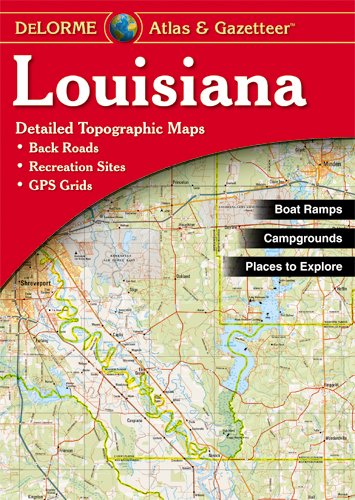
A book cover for Louisiana Atlas & Gazetteer; Delorme; Reference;